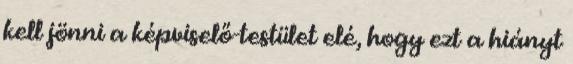
kell jönni a képviselő-testület elé, hogy ezt a hiányt